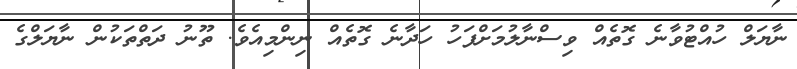
ނާޔަލް ހުއްޓުވާނެ ގޮތެއް ވިސްނާލުމަށްފަހު ހަދާނެ ގޮތެއް ނިންމިއެވެ. ތޫނު ދަތްތަކުން ނާޔަލްގެ